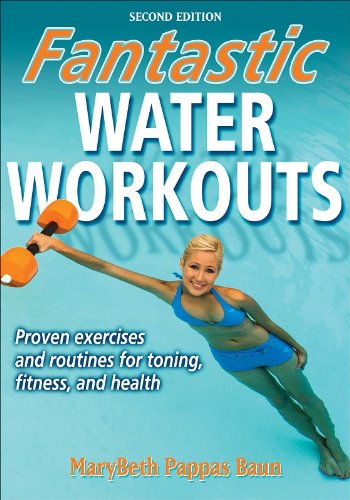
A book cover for Fantastic Water Workouts - 2nd Edition; MaryBeth Pappas Baun; Sports & Outdoors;